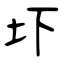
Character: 圷